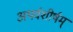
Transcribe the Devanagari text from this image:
अथर्वशीर्षम्